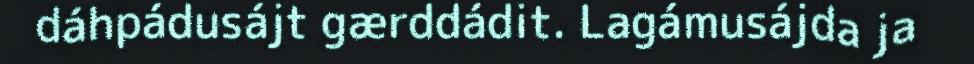
dáhpádusájt gærddádit. Lagámusájda ja